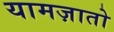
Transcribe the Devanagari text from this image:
यामज़ातो